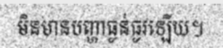
មិនមានបញ្ហាធ្ងន់ធ្ងរឡើយ។